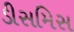
ડીસમિસ